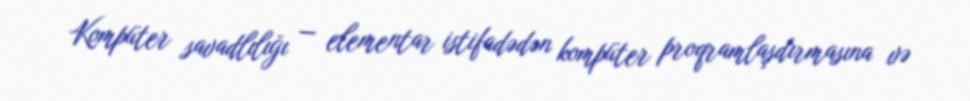
Kompüter savadlılığı — elementar istifadədən kompüter proqramlaşdırmasına və